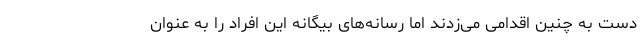
دست به چنین اقدامی می‌زدند اما رسانه‌های بیگانه این افراد را به عنوان